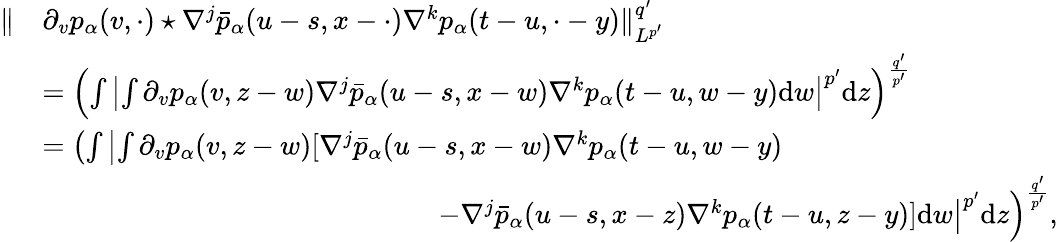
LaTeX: \begin{array}{rl}{\Vert}&{\partial_{v}p_{\alpha}(v,\cdot)\star\nabla^{j}\bar{p}_{\alpha}(u-s,x-\cdot)\nabla^{k}p_{\alpha}(t-u,\cdot-y)\Vert_{L^{p^{\prime}}}^{q^{\prime}}}\\ &{=\left(\int\left|\int\partial_{v}p_{\alpha}(v,z-w)\nabla^{j}\bar{p}_{\alpha}(u-s,x-w)\nabla^{k}p_{\alpha}(t-u,w-y)\mathrm{d}w\right|^{p^{\prime}}\mathrm{d}z\right)^{\frac{q^{\prime}}{p^{\prime}}}}\\ &{=\left(\int\left|\int\partial_{v}p_{\alpha}(v,z-w)[\nabla^{j}\bar{p}_{\alpha}(u-s,x-w)\nabla^{k}p_{\alpha}(t-u,w-y)\right.\right.}\\ &{\qquad\qquad\qquad\qquad\qquad\qquad\qquad\left.\left.-\nabla^{j}\bar{p}_{\alpha}(u-s,x-z)\nabla^{k}p_{\alpha}(t-u,z-y)]\mathrm{d}w\right|^{p^{\prime}}\mathrm{d}z\right)^{\frac{q^{\prime}}{p^{\prime}}},}\end{array}